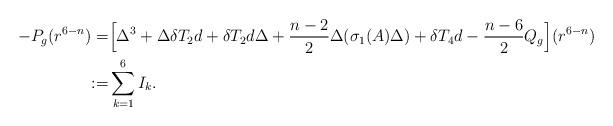
LaTeX: \begin{align*}-P_g(r^{6-n})=&\Big[\Delta^3+\Delta \delta T_2 d+\delta T_2 d \Delta+\frac{n-2}{2}\Delta(\sigma_1(A)\Delta)+\delta T_4 d-\frac{n-6}{2}Q_g\Big](r^{6-n})\\:=&\sum_{k=1}^6 I_k.\end{align*}